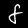
Label: 8